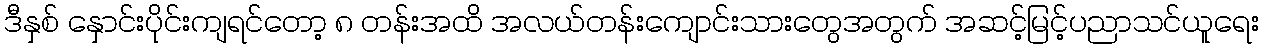
ဒီနှစ် နှောင်းပိုင်းကျရင်တော့ ၈ တန်းအထိ အလယ်တန်းကျောင်းသားတွေအတွက် အဆင့်မြင့်ပညာသင်ယူရေး